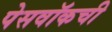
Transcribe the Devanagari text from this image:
पेसवॉकची